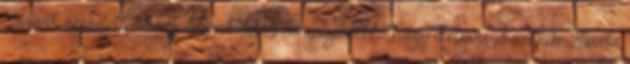
Várunk szeretettel könyvtárunkban A könyvajánlót Nagy Péterné Korándi Márta